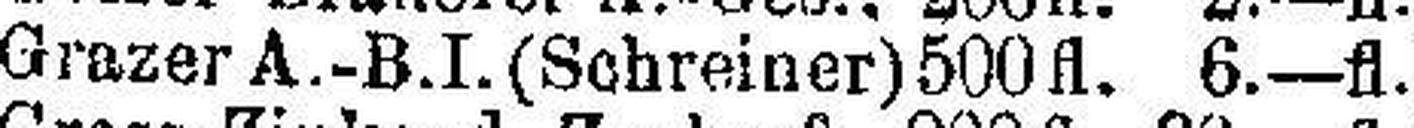
Grazer A.-B.I. (Schreiner) 500 fl. 6.—fl.